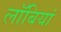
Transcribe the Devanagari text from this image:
लॉबियां